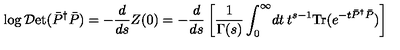
\log { \cal D } \mathrm { e t } ( \bar { P } ^ { \dag } \bar { P } ) = - \frac { d } { d s } Z ( 0 ) = - \frac { d } { d s } \left[ \frac { 1 } { \Gamma ( s ) } \int _ { 0 } ^ { \infty } \! d t \: t ^ { s - 1 } \mathrm { T r } ( e ^ { - t \bar { P } ^ { \dag } \bar { P } } ) \right]